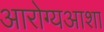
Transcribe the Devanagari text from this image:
आरोग्यआशा